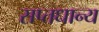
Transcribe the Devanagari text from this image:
सप्तधान्य